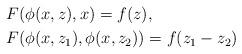
LaTeX: \begin{align*}&F(\phi(x,z),x)=f(z),\\&F(\phi(x,z_1),\phi(x,z_2))=f(z_1-z_2)\end{align*}